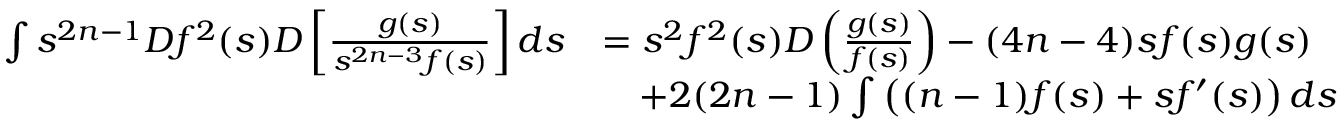
\begin{array} { r l } { \int s ^ { 2 n - 1 } D f ^ { 2 } ( s ) D \left[ \frac { g ( s ) } { s ^ { 2 n - 3 } f ( s ) } \right] d s } & { = s ^ { 2 } f ^ { 2 } ( s ) D \left( \frac { g ( s ) } { f ( s ) } \right) - ( 4 n - 4 ) s f ( s ) g ( s ) } \\ & { \quad + 2 ( 2 n - 1 ) \int \left( ( n - 1 ) f ( s ) + s f ^ { \prime } ( s ) \right) d s } \end{array}